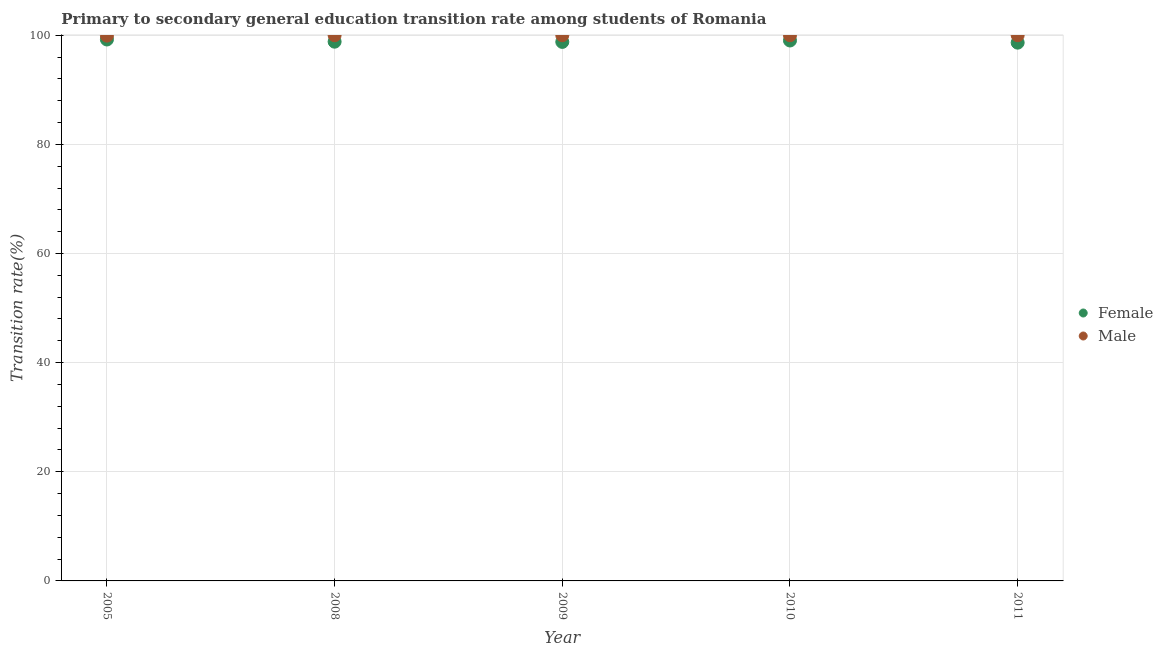
| Year | Female | Male |
 | --- | --- | --- |
 | 2005 | 99.2 | 99.9 |
 | 2008 | 98.8 | 100 |
 | 2009 | 98.8 | 100 |
 | 2010 | 99 | 100 |
 | 2011 | 98.6 | 100 |